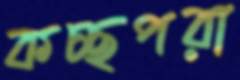
কচ্ছপরা